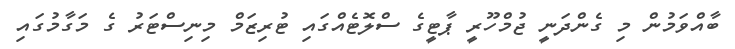
ބާއްވަމުން މި ގެންދަނީ ޖުމްހޫރީ ޕާޓީގެ ސްލޮޓެއްގައި ޓުރިޒަމް މިނިސްޓަރު ގެ މަގާމުގައި